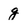
Character: g